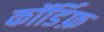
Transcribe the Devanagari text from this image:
कॉर्डिफ़